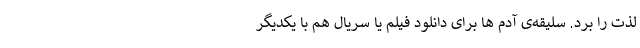
لذت را برد. سلیقه‌ی آدم ها برای دانلود فیلم یا سریال هم با یکدیگر